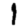
Digit: 1